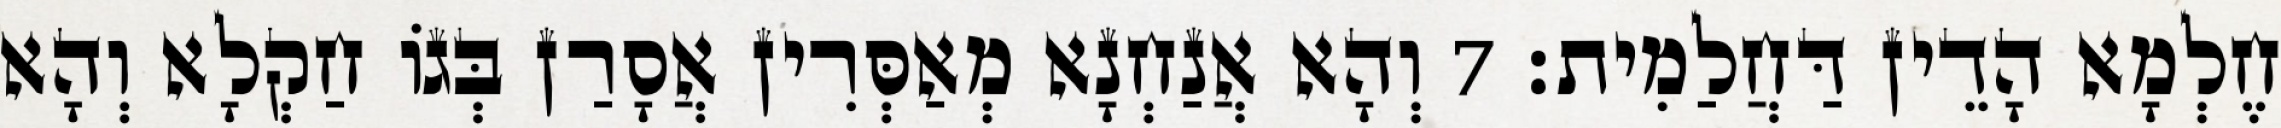
חֶלְמָא הָדֵין דַּחֲלַמִית׃ 7 וְהָא אֲנַחְנָא מְאַסְּרִין אֲסָרַן בְּגוֹ חַקְלָא וְהָא